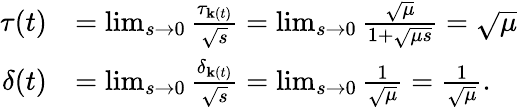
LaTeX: \begin{array}{rl}{\tau(t)}&{=\operatorname*{lim}_{s\rightarrow 0}\frac{\tau_{\mathbf{k}(t)}}{\sqrt{s}}=\operatorname*{lim}_{s\rightarrow 0}\frac{\sqrt{\mu}}{1+\sqrt{\mu s}}=\sqrt{\mu}}\\ {\delta(t)}&{=\operatorname*{lim}_{s\rightarrow 0}\frac{\delta_{\mathbf{k}(t)}}{\sqrt{s}}=\operatorname*{lim}_{s\rightarrow 0}\frac{1}{\sqrt{\mu}}=\frac{1}{\sqrt{\mu}}.}\end{array}